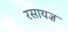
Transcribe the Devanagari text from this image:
रसायज्ञ